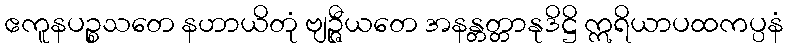
ဧကူနပဉ္စသတေ နဟာယိတုံ ဗျဉ္ဇီယတေ အနန္တတ္တာနုဒိဋ္ဌိ ဣရိယာပထကပ္ပနံ